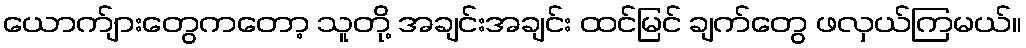
ယောက်ျားတွေကတော့ သူတို့ အချင်းအချင်း ထင်မြင် ချက်တွေ ဖလှယ်ကြမယ်။